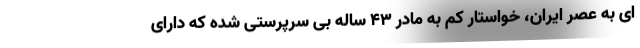
ای به عصر ایران، خواستار کم به مادر 43 ساله بی سرپرستی شده که دارای